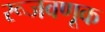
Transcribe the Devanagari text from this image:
रूजवणूक